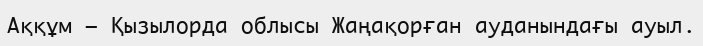
Аққұм – Қызылорда облысы Жаңақорған ауданындағы ауыл.